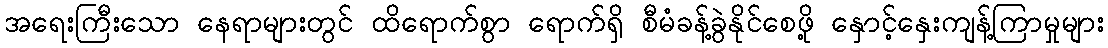
အရေးကြီးသော နေရာများတွင် ထိရောက်စွာ ရောက်ရှိ စီမံခန့်ခွဲနိုင်စေဖို့ နှောင့်နှေးကျန့်ကြာမှုများ